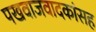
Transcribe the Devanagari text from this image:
पखवाजवादकांसह